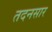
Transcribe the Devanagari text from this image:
तदनसार